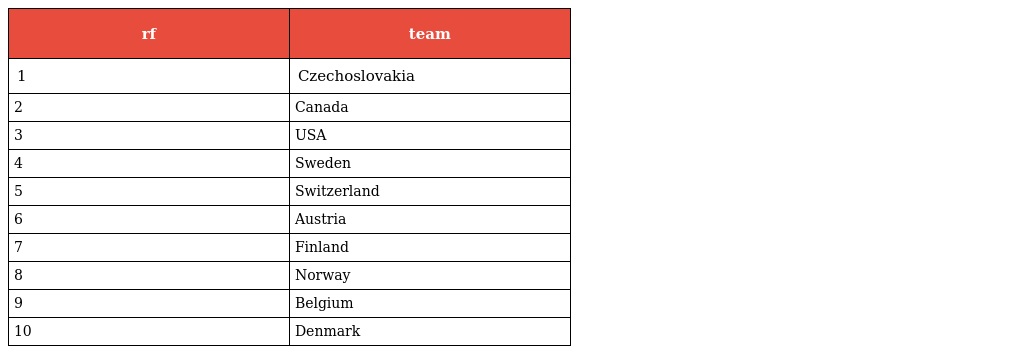
| rf | team |
 | --- | --- |
 | 1 | Czechoslovakia |
 | 2 | Canada |
 | 3 | USA |
 | 4 | Sweden |
 | 5 | Switzerland |
 | 6 | Austria |
 | 7 | Finland |
 | 8 | Norway |
 | 9 | Belgium |
 | 10 | Denmark |